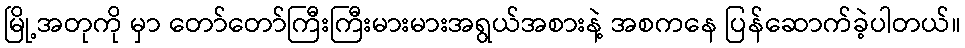
မြို့အတုကို မှာ တော်တော်ကြီးကြီးမားမားအရွယ်အစားနဲ့ အစကနေ ပြန်ဆောက်ခဲ့ပါတယ်။